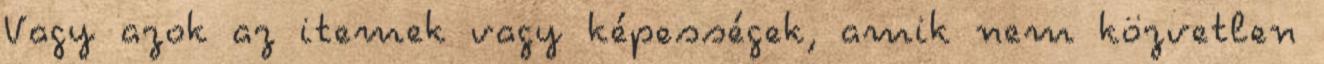
Vagy azok az itemek vagy képességek, amik nem közvetlen